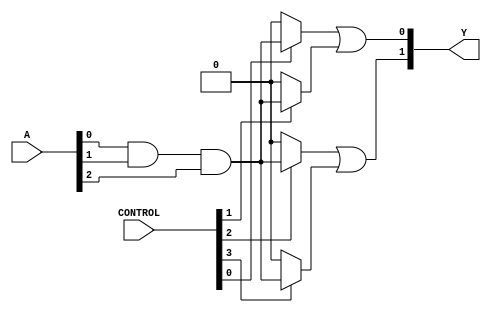
module FlashProgrammablePAL (
    input wire [N-1:0] A,   // Inputs: A, B, C, ...
    input wire [M-1:0] CONTROL, // Control signals for programming
    output wire [P-1:0] Y    // Outputs: Y1, Y2, ...
);

// Parameters defining the size of the PAL
parameter N = 3; // Number of inputs
parameter M = 8; // Number of AND gates (programmable connections)
parameter P = 2; // Number of outputs

// Internal wires for AND array outputs
wire [M-1:0] and_out; // Outputs from the AND gates

// Define the AND array (programmed logic)
genvar i;
generate
    for (i = 0; i < M; i = i + 1) begin : and_gate
        // Here we define the AND gate behavior based on the control signals
        // Assume CONTROL[i] specifies the programming of the AND gates
        assign and_out[i] = (CONTROL[i] == 1'b1) ? 
                             (A[0] & A[1] & A[2]) : // Example logic; modify as needed
                             1'b0; // Not programmed
    end
endgenerate

// Outputs from the OR array
wire [P-1:0] or_out;

// Define the OR array (fixed logic combining AND gate outputs)
assign or_out[0] = and_out[0] | and_out[1]; // Output Y1
assign or_out[1] = and_out[2] | and_out[3]; // Output Y2

// Assign outputs
assign Y = or_out;

// Control logic for programming interface (simplified)
always @(*) begin
    // Here you would implement the logic for handling programming
    // This could involve loading the CONTROL signals from an external source
    // based on the programming interface (not implemented in this basic example)
end

endmodule